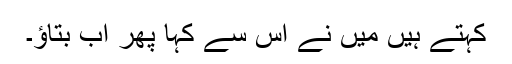
کہتے ہیں مَیں نے اس سے کہا پھر اب بتاؤ۔